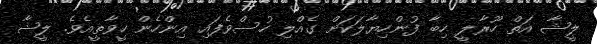
ލީޝާ އަތް ހޫރާލީ ހިބާ ފުންހިޔާލަކަށް ގެއްލި ހުސްވެފައި އިންހެން ހީވާތީއެވެ. ލީޝާ